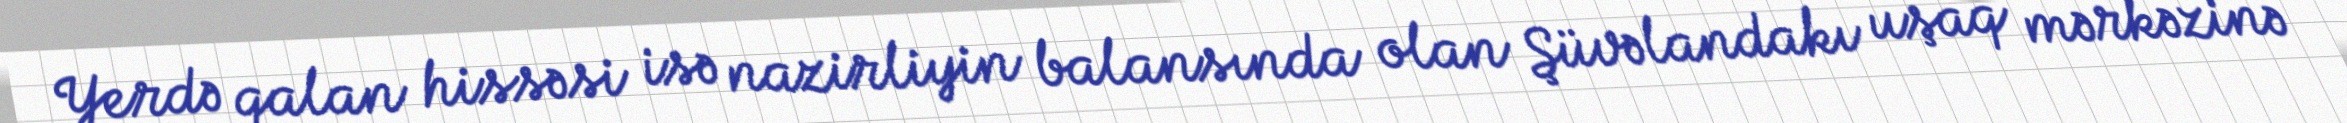
Yerdə qalan hissəsi isə nazirliyin balansında olan Şüvəlandakı uşaq mərkəzinə